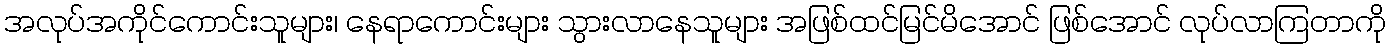
အလုပ်အကိုင်ကောင်းသူများ၊ နေရာကောင်းများ သွားလာနေသူများ အဖြစ်ထင်မြင်မိအောင် ဖြစ်အောင် လုပ်လာကြတာကို